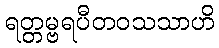
ရတ္တမ္ဗရပီတဝသသာဟိ